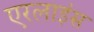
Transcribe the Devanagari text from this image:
एरलाइंस